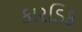
કારડિફ